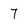
Character: 7